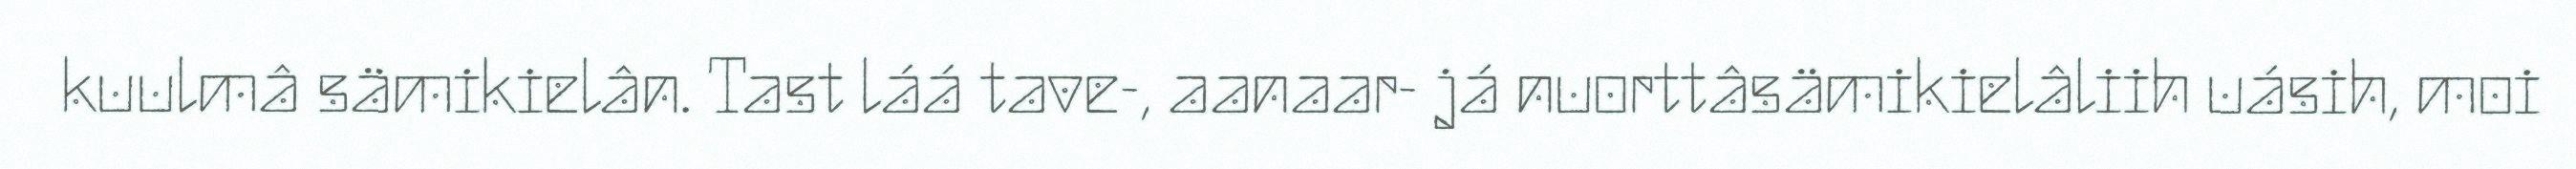
kuulmâ sämikielân. Tast láá tave-, aanaar- já nuorttâsämikielâliih uásih, moi